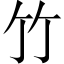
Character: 竹